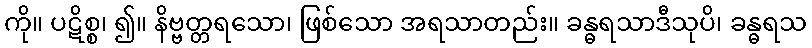
ကို။ ပဋိစ္စ၊ ၍။ နိဗ္ဗတ္တရသော၊ ဖြစ်သော အရသာတည်း။ ခန္ဓရသာဒီသုပိ၊ ခန္ဓရသ